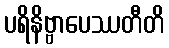
ပရိနိဗ္ဗာပေဿတီတိ